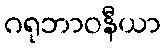
ဂရုဘာဝနီယာ